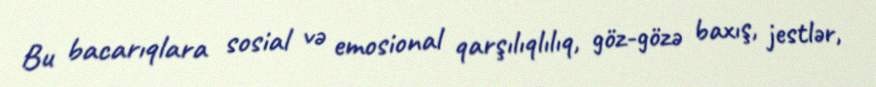
Bu bacarıqlara sosial və emosional qarşılıqlılıq, göz-gözə baxış, jestlər,